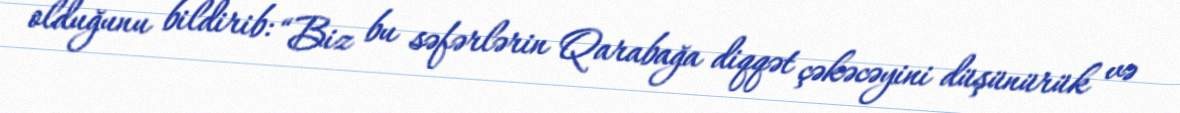
olduğunu bildirib: “Biz bu səfərlərin Qarabağa diqqət çəkəcəyini düşünürük və